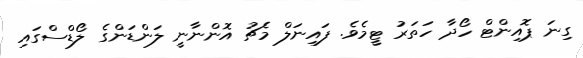
ގިނަ ޕޮއިންޓް ހޯދާ ހަތަރު ޓީމެވެ. ފައިނަލް މެޗު އޮންނާނީ ލަންޑަންގެ ލޯޑްސްގައި